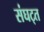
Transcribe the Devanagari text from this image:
संघट्त